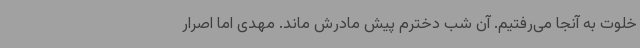
خلوت به آنجا می‌رفتیم. آن شب دخترم پیش مادرش ماند. مهدی اما اصرار